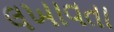
લખાવતા